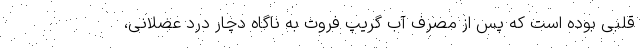
قلبی بوده است که پس از مصرف آب گریپ فروت به ناگاه دچار درد عضلانی،